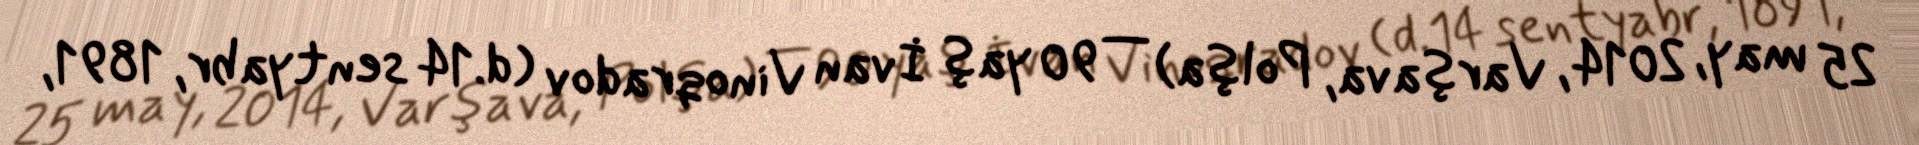
25 may, 2014, Varşava, Polşa) — 90 yaş İvan Vinoqradov (d.14 sentyabr, 1891,